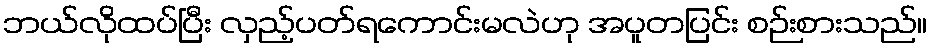
ဘယ်လိုထပ်ပြီး လှည့်ပတ်ရကောင်းမလဲဟု အပူတပြင်း စဉ်းစားသည်။